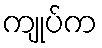
ကျုပ်က